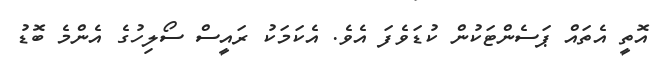
އޮތީ އެތައް ޕަސެންޓަކުން ކުޑަވެފަ އެވެ. އެކަމަކު ރައީސް ސޯލިހުގެ އެންމެ ބޮޑު